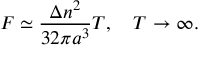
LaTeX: { \cal F } \simeq \frac { \Delta n ^ { 2 } } { 3 2 \pi a ^ { 3 } } T , \quad T \to \infty { . }